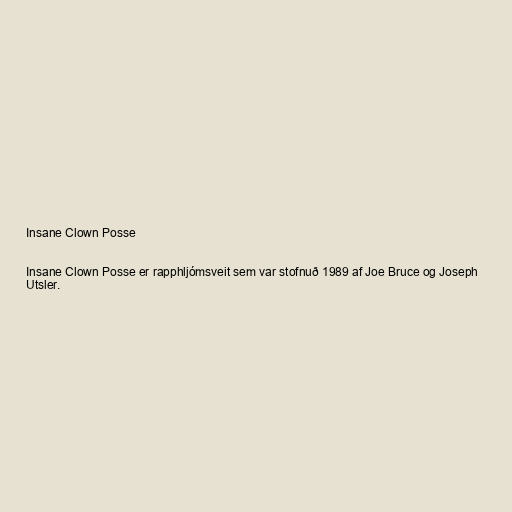
Insane Clown Posse

Insane Clown Posse er rapphljómsveit sem var stofnuð 1989 af Joe Bruce og Joseph
Utsler.